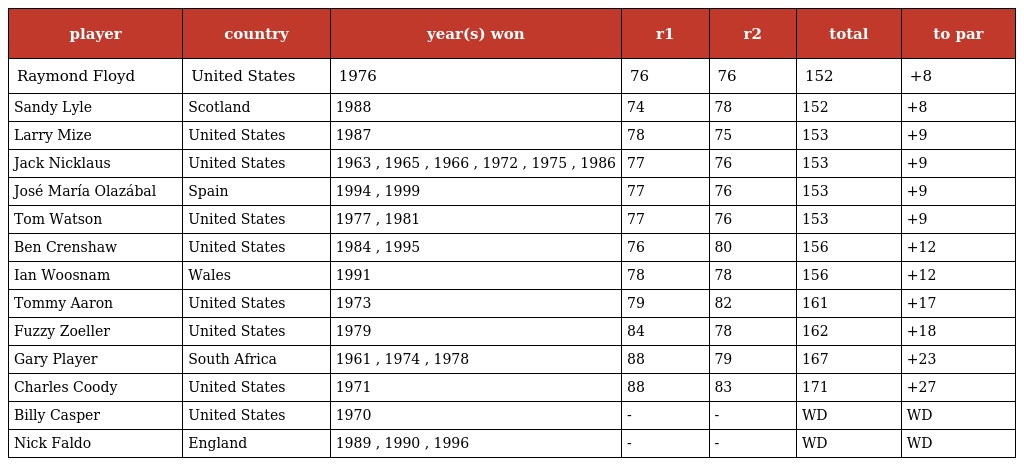
| player | country | year(s) won | r1 | r2 | total | to par |
 | --- | --- | --- | --- | --- | --- | --- |
 | Raymond Floyd | United States | 1976 | 76 | 76 | 152 | +8 |
 | Sandy Lyle | Scotland | 1988 | 74 | 78 | 152 | +8 |
 | Larry Mize | United States | 1987 | 78 | 75 | 153 | +9 |
 | Jack Nicklaus | United States | 1963 , 1965 , 1966 , 1972 , 1975 , 1986 | 77 | 76 | 153 | +9 |
 | José María Olazábal | Spain | 1994 , 1999 | 77 | 76 | 153 | +9 |
 | Tom Watson | United States | 1977 , 1981 | 77 | 76 | 153 | +9 |
 | Ben Crenshaw | United States | 1984 , 1995 | 76 | 80 | 156 | +12 |
 | Ian Woosnam | Wales | 1991 | 78 | 78 | 156 | +12 |
 | Tommy Aaron | United States | 1973 | 79 | 82 | 161 | +17 |
 | Fuzzy Zoeller | United States | 1979 | 84 | 78 | 162 | +18 |
 | Gary Player | South Africa | 1961 , 1974 , 1978 | 88 | 79 | 167 | +23 |
 | Charles Coody | United States | 1971 | 88 | 83 | 171 | +27 |
 | Billy Casper | United States | 1970 | - | - | WD | WD |
 | Nick Faldo | England | 1989 , 1990 , 1996 | - | - | WD | WD |